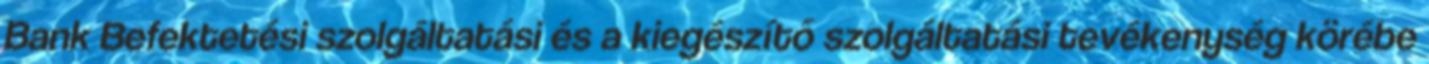
Bank Befektetési szolgáltatási és a kiegészítő szolgáltatási tevékenység körébe